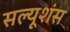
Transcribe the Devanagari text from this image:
सल्यूशंस